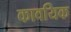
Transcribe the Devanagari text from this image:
कावयिक